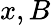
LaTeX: x,B